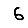
Digit: 6